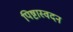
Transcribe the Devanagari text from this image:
पिष्टास्वदन